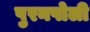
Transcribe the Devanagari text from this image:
पुरनपोली